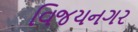
વિજયનગર